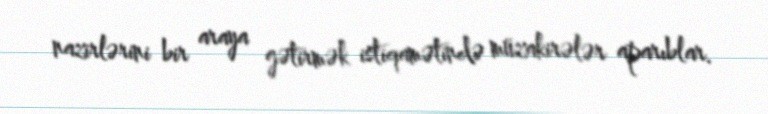
nazirlərini bir araya gətirmək istiqamətində müzakirələr aparıblar.